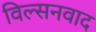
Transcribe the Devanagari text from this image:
विल्सनवाद